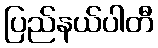
ပြည်နယ်ပါတီ